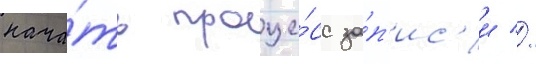
нача́ть проце́сс за́п'ис'и //